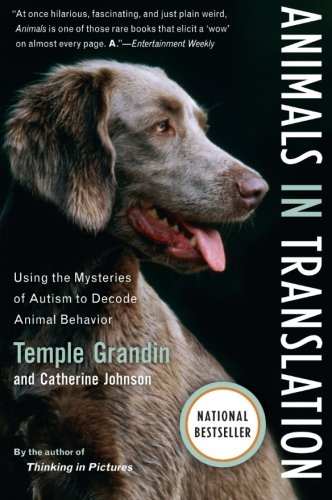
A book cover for Animals in Translation: Using the Mysteries of Autism to Decode Animal Behavior (A Harvest Book); Temple Grandin; Medical Books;